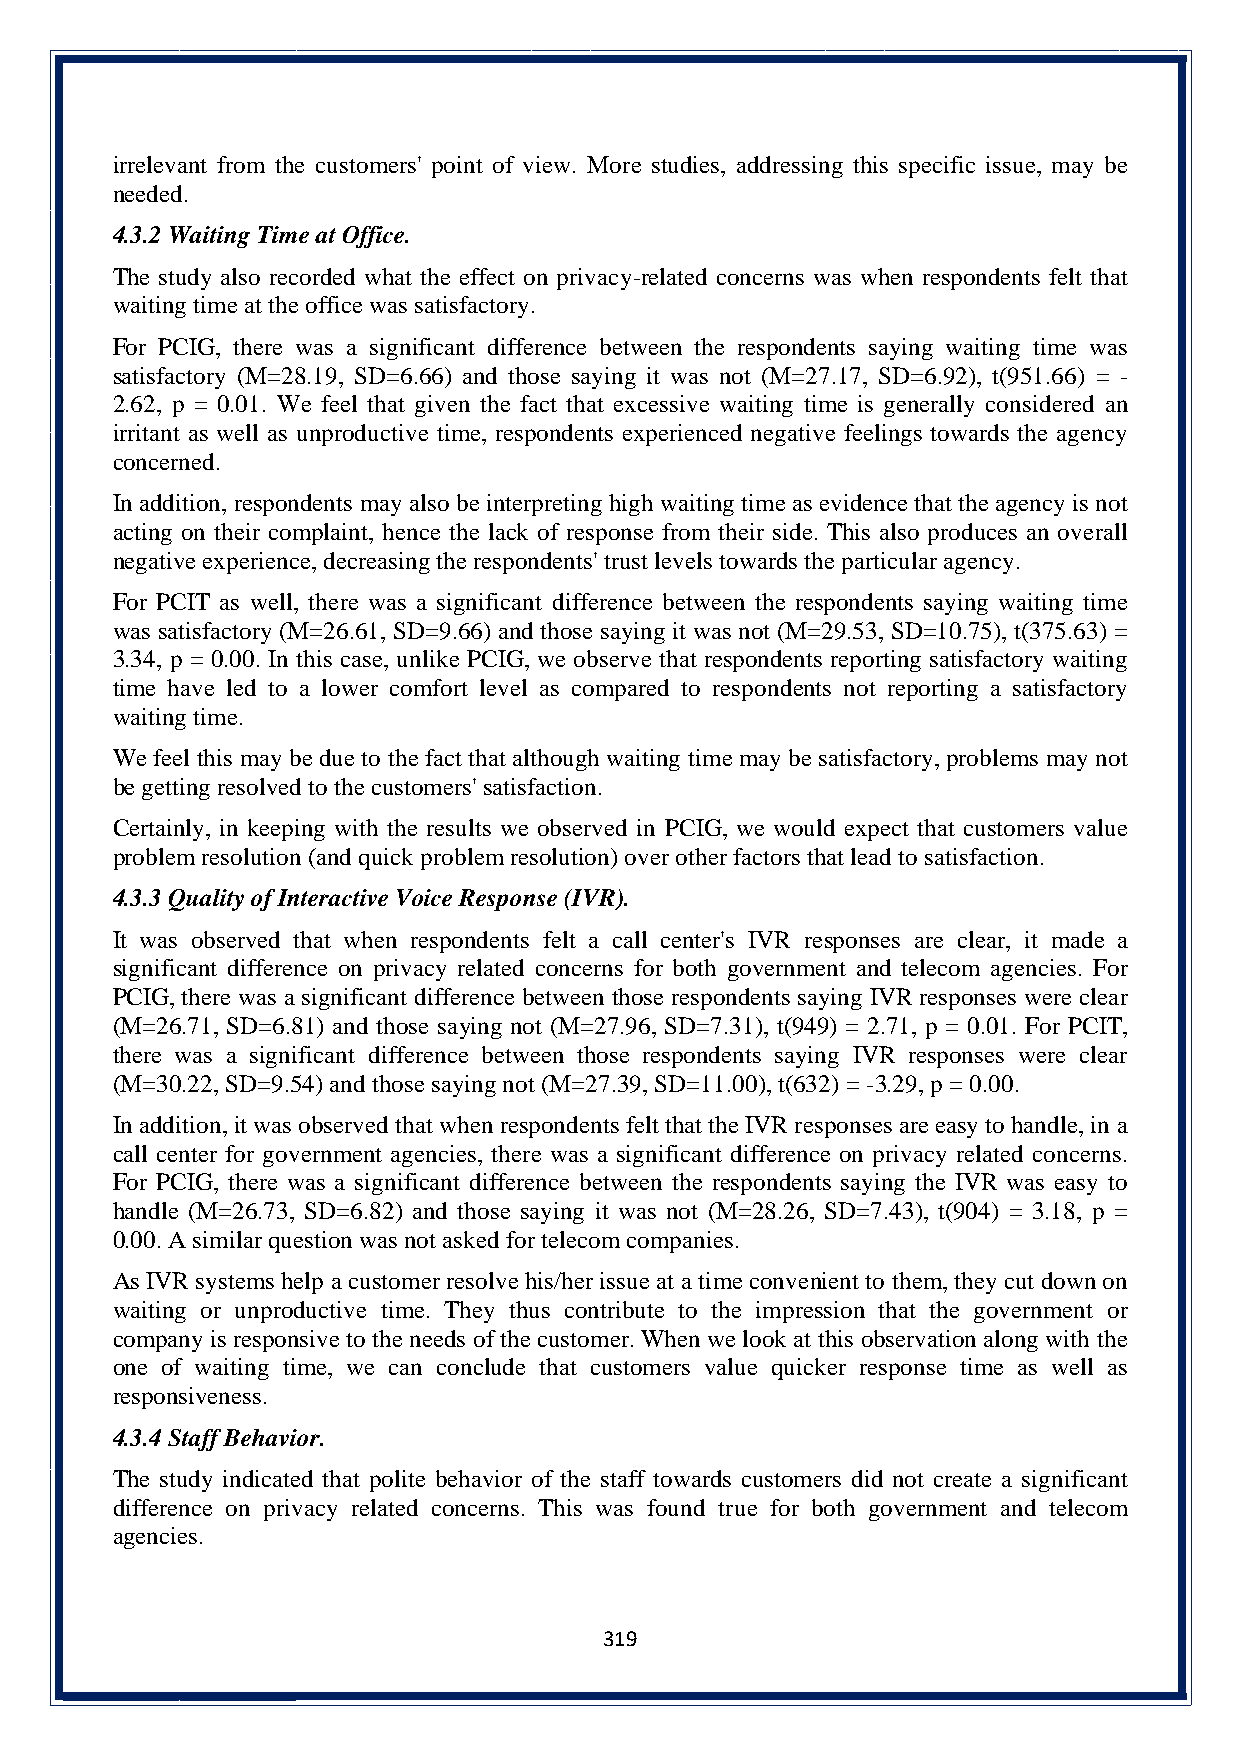
irrelevant from the customers' point of view. More studies, addressing this specific issue, may be
 needed.
 4.3.2 Waiting Time at Office.
 The study also recorded what the effect on privacy-related concerns was when respondents felt that
 waiting time at the office was satisfactory.
 For PCIG, there was a significant difference between the respondents saying waiting time was
 satisfactory (M=28.19, SD=6.66) and those saying it was not (M=27.17, SD=6.92), t(951.66) = -
 2.62, p = 0.01. We feel that given the fact that excessive waiting time is generally considered an
 irritant as well as unproductive time, respondents experienced negative feelings towards the agency
 concerned.
 In addition, respondents may also be interpreting high waiting time as evidence that the agency is not
 acting on their complaint, hence the lack of response from their side. This also produces an overall
 negative experience, decreasing the respondents' trust levels towards the particular agency.
 For PCIT as well, there was a significant difference between the respondents saying waiting time
 was satisfactory (M=26.61, SD=9.66) and those saying it was not (M=29.53, SD=10.75), t(375.63) =
 3.34, p = 0.00. In this case, unlike PCIG, we observe that respondents reporting satisfactory waiting
 time have led to a lower comfort level as compared to respondents not reporting a satisfactory
 waiting time.
 We feel this may be due to the fact that although waiting time may be satisfactory, problems may not
 be getting resolved to the customers' satisfaction.
 Certainly, in keeping with the results we observed in PCIG, we would expect that customers value
 problem resolution (and quick problem resolution) over other factors that lead to satisfaction.
 4.3.3 Quality of Interactive Voice Response (IVR).
 It was observed that when respondents felt a call center's IVR responses are clear, it made a
 significant difference on privacy related concerns for both government and telecom agencies. For
 PCIG, there was a significant difference between those respondents saying IVR responses were clear
 (M=26.71, SD=6.81) and those saying not (M=27.96, SD=7.31), t(949) = 2.71, p = 0.01. For PCIT,
 there was a significant difference between those respondents saying IVR responses were clear
 (M=30.22, SD=9.54) and those saying not (M=27.39, SD=11.00), t(632) = -3.29, p = 0.00.
 In addition, it was observed that when respondents felt that the IVR responses are easy to handle, in a
 call center for government agencies, there was a significant difference on privacy related concerns.
 For PCIG, there was a significant difference between the respondents saying the IVR was easy to
 handle (M=26.73, SD=6.82) and those saying it was not (M=28.26, SD=7.43), t(904) = 3.18, p =
 0.00. A similar question was not asked for telecom companies.
 As IVR systems help a customer resolve his/her issue at a time convenient to them, they cut down on
 waiting or unproductive time. They thus contribute to the impression that the government or
 company is responsive to the needs of the customer. When we look at this observation along with the
 one of waiting time, we can conclude that customers value quicker response time as well as
 responsiveness.
 4.3.4 Staff Behavior.
 The study indicated that polite behavior of the staff towards customers did not create a significant
 difference on privacy related concerns. This was found true for both government and telecom
 agencies.
 319